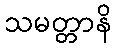
သမတ္တာနိ